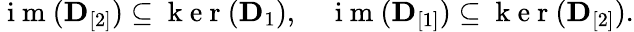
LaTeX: \begin{array}{r}{\mathrm{~i~m~}({\mathbf D}_{[2]})\subseteq\mathrm{~k~e~r~}({\mathbf D}_{1}),\quad\mathrm{~i~m~}({\mathbf D}_{[1]})\subseteq\mathrm{~k~e~r~}({\mathbf D}_{[2]}).}\end{array}